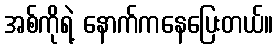
အစ်ကိုရဲ့ နောက်ကနေပြေးတယ်။